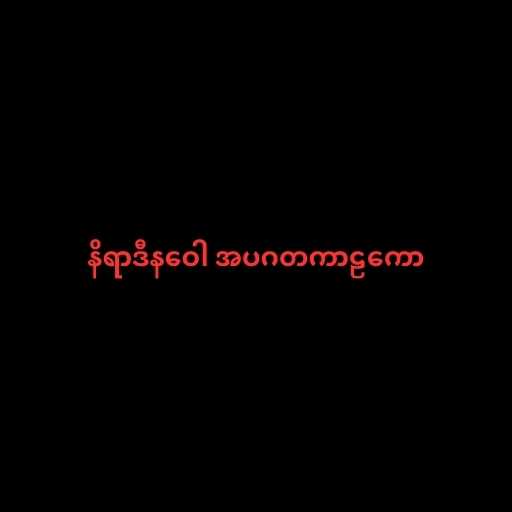
နိရာဒီနဝေါ အပဂတကာဠကော